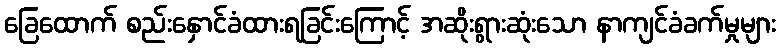
ခြေထောက် စည်းနှောင်ခံထားရခြင်းကြောင့် အဆိုးရွားဆုံးသော နာကျင်ခံခက်မှုများ